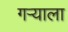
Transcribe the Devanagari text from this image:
गर्‍याला